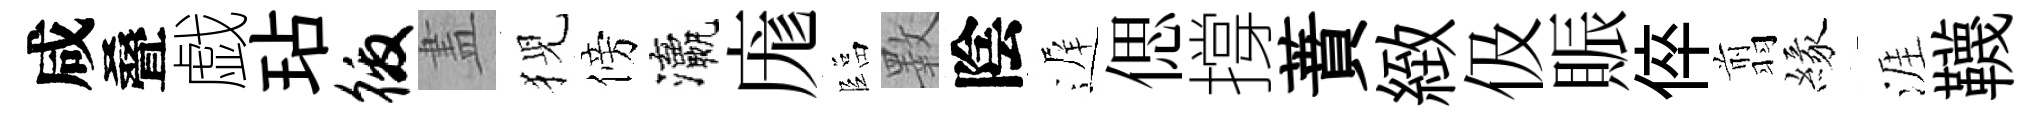
咸叠戯玷徼𥁞猊傍瀛庬臨斁陰遅偲撐蕡緻伋賑倅翦緣涯韈